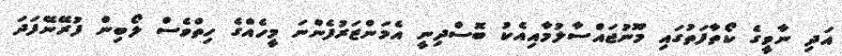
އަދި ނާވީގެ ކޯތާފަތުގައި މޫނުޖައްސާލުމާއިއެކު ބޮސްދިނީ އެމަންޒަރުފެންނަ މީހެއްގެ ހިތްވެސް ލޯބިން ފުރޭނޭފަދަ